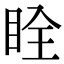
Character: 䀬